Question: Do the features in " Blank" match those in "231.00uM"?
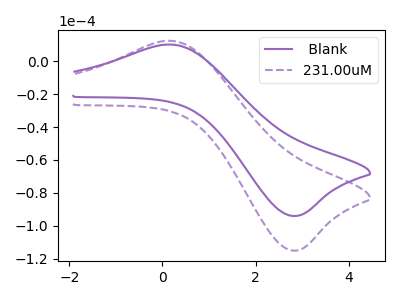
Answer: <think>The purple curve " Blank" has an anodic peak at (0.25V, 10.05uA) and a cathodic peak at (2.80V, -93.95uA). The purple dashed curve "231.00uM" has an anodic peak at (0.25V, 12.30uA) and a cathodic peak at (2.80V, -115.00uA).
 All the peaks in " Blank" have a peak in "231.00uM" at the same potential. Every peak in " Blank" is lower than every peak in "231.00uM".</think>
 <answer>" Blank" and "231.00uM" are similar in shape.</answer>
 <eval>same_shape</eval>